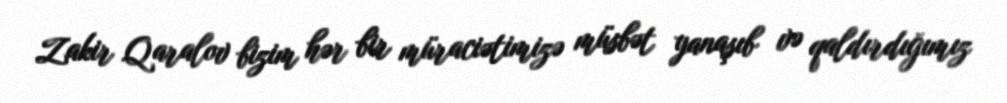
Zakir Qaralov bizim hər bir müraciətimizə müsbət yanaşıb və qaldırdığımız